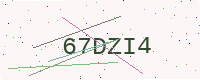
Text: 67DZI4